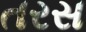
તરસ